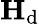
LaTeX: {\mathbf{H}}_{\mathrm{d}}